Civil Veterinary Department Bihar & Orissa reports 1911-21 - 1911-1921
Year: 1911
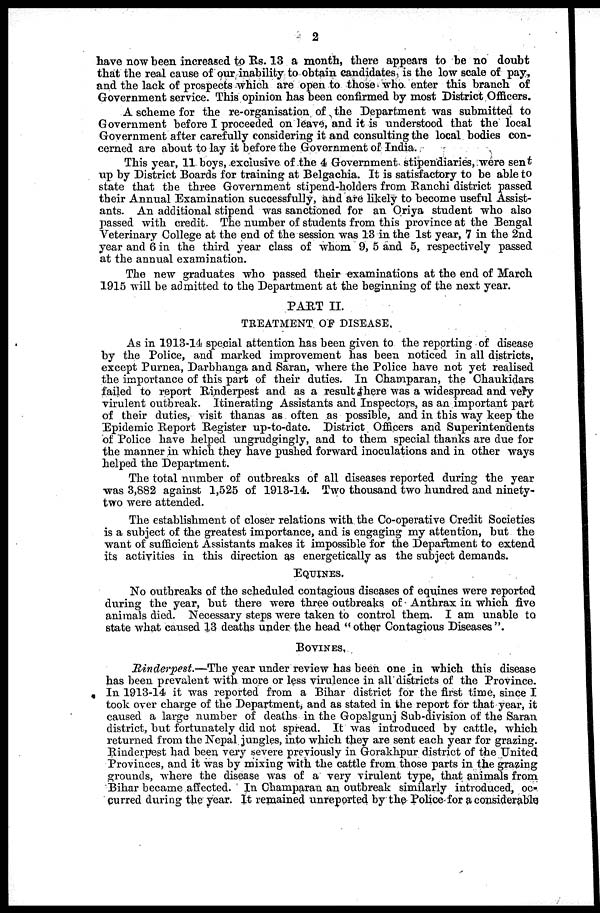
2
have now been increased to Rs. 13 a month, there appears to be no doubt
that the real cause of our inability to obtain candidates. is the low scale of pay,
and the lack of prospects which are open to those who enter this branch of
Government service. This opinion has been confirmed by most District Officers.
A scheme for the re-organisation of the Department was submitted to
Government before I proceeded on leave, and it is understood that the local
Government after carefully considering it and consulting the local bodies con-
cerned are about to lay it before the Government of India.
This year, 11 boys, exclusive of the 4 Government stipendiaries, were sent
up by District Boards for training at Belgachia. It is satisfactory to be able to
state that the three Government stipend-holders from Ranchi district passed
their Annual Examination successfully, and are likely to become useful Assist-
ants. An additional stipend was sanctioned for an Oriya student who also
passed with credit. The number of students from this province at the Bengal
Veterinary College at the end of the session was 13 in the 1st year, 7 in the 2nd
year and 6 in the third year class of whom 9, 5 and 5, respectively passed
at the annual examination.
The new graduates who passed their examinations at the end of March
1915 will be admitted to the Department at the beginning of the next year.
PART II.
TREATMENT OF DISEASE.
As in 1913-14 special attention has been given to the reporting of disease
by the Police, and marked improvement has been noticed in all districts,
except Purnea, Darbhanga and Saran, where the Police have not yet realised
the importance of this part of their duties. In Champaran, the Chaukidars
failed to report Rinderpest and as a result there was a widespread and very
virulent outbreak. Itinerating Assistants and Inspectors, as an important part
of their duties, visit thanas as often as possible, and in this way keep the
Epidemic Report Register up-to-date. District Officers and Superintendents
of Police have helped ungrudgingly, and to them special thanks are due for
the manner in which they have pushed forward inoculations and in other ways
helped the Department.
The total number of outbreaks of all diseases reported during the year
was 3,882 against 1,525 of 1913-14. Two thousand two hundred and ninety-
two were attended.
The establishment of closer relations with the Co-operative Credit Societies
is a subject of the greatest importance, and is engaging my attention, but the
want of sufficient Assistants makes it impossible for the Department to extend
its activities in this direction as energetically as the subject demands.
EQUINES.
No outbreaks of the scheduled contagious diseases of equines were reported
during the year, but there were three outbreaks of Anthrax in which five
animals died. Necessary steps were taken to control them. I am unable to
state what caused 13 deaths under the head "other Contagious Diseases".
BOVINES.
Rinderpest.—The
year under review has been one in which this disease
has been prevalent with more or less virulence in all districts of the Province.
In 1913-14 it was reported from a Bihar district for the first time, since I
took over charge of the Department, and as stated in the report for that year, it
caused a large number of deaths in the Gopalgunj Sub-division of the Saran
district, but fortunately did not spread. It was introduced by cattle, which
returned from the Nepal jungles, into which they are sent each year for grazing.
Rinderpest had been very severe previously in Gorakhpur district of the United
Provinces, and it was by mixing with the cattle from those parts in the grazing
grounds, where the disease was of a very virulent type, that animals from
Bihar became affected. In Champaran an outbreak similarly introduced, oc-
curred during the year. It remained unreported by the Police for a considerable